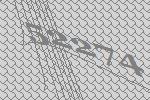
52274